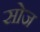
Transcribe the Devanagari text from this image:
सोज